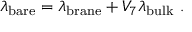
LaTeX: \lambda _ { \mathrm { b a r e } } = \lambda _ { \mathrm { b r a n e } } + V _ { 7 } \lambda _ { \mathrm { b u l k } } \ .